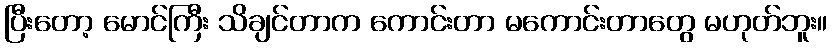
ပြီးတော့ မောင်ကြီး သိချင်တာက ကောင်းတာ မကောင်းတာတွေ မဟုတ်ဘူး။